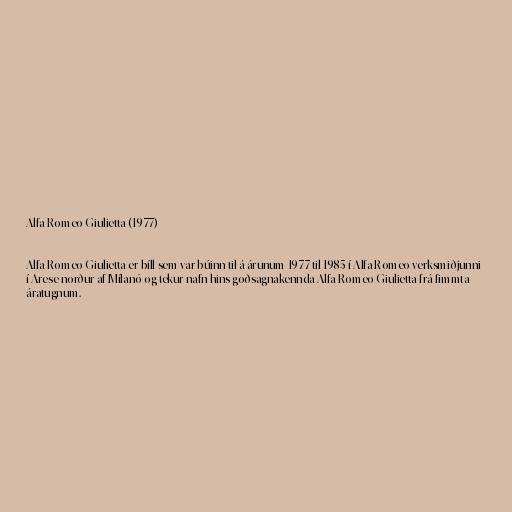
Alfa Romeo Giulietta (1977)

Alfa Romeo Giulietta er bíll sem var búinn til á árunum 1977 til 1985 í Alfa Romeo verksmiðjunni
í Arese norður af Mílanó og tekur nafn hins goðsagnakennda Alfa Romeo Giulietta frá fimmta
áratugnum.